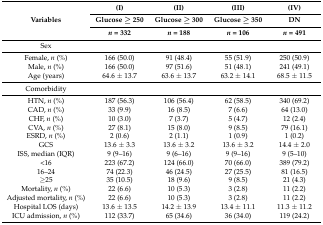
| <ROWSPAN=3> Variables | (I) | (II) | (III) | (IV) |
 | Glucose ≥ 250 | Glucose ≥ 300 | Glucose ≥ 350 | DN |
 | n = 332 | n = 188 | n = 106 | n = 491 |
 | --- | --- | --- | --- | --- |
 | Sex |  |  |  |  |
 | Female, n (%) | 166 (50.0) | 91 (48.4) | 55 (51.9) | 250 (50.9) |
 | Male, n (%) | 166 (50.0) | 97 (51.6) | 51 (48.1) | 241 (49.1) |
 | Age (years) | 64.6 ± 13.7 | 63.6 ± 13.7 | 63.2 ± 14.1 | 68.5 ± 11.5 |
 | Comorbidity |  |  |  |  |
 | HTN, n (%) | 187 (56.3) | 106 (56.4) | 62 (58.5) | 340 (69.2) |
 | CAD, n (%) | 33 (9.9) | 16 (8.5) | 7 (6.6) | 64 (13.0) |
 | CHF, n (%) | 10 (3.0) | 7 (3.7) | 5 (4.7) | 12 (2.4) |
 | CVA, n (%) | 27 (8.1) | 15 (8.0) | 9 (8.5) | 79 (16.1) |
 | ESRD, n (%) | 2 (0.6) | 2 (1.1) | 1 (0.9) | 1 (0.2) |
 | GCS | 13.6 ± 3.3 | 13.6 ± 3.2 | 13.6 ± 3.2 | 14.4 ± 2.0 |
 | ISS, median (IQR) | 9 (9–16) | 9 (6–16) | 9 (9–16) | 9 (5–10) |
 | <16 | 223 (67.2) | 124 (66.0) | 70 (66.0) | 389 (79.2) |
 | 16–24 | 74 (22.3) | 46 (24.5) | 27 (25.5) | 81 (16.5) |
 | ≥25 | 35 (10.5) | 18 (9.6) | 9 (8.5) | 21 (4.3) |
 | Mortality, n (%) | 22 (6.6) | 10 (5.3) | 3 (2.8) | 11 (2.2) |
 | Adjusted mortality, n (%) | 22 (6.6) | 10 (5.3) | 3 (2.8) | 11 (2.2) |
 | Hospital LOS (days) | 13.6 ± 13.5 | 14.2 ± 13.9 | 13.4 ± 11.1 | 11.3 ± 11.2 |
 | ICU admission, n (%) | 112 (33.7) | 65 (34.6) | 36 (34.0) | 119 (24.2) |